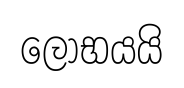
ලෝභයයි